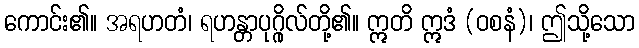
ကောင်း၏။ အရဟတံ၊ ရဟန္တာပုဂ္ဂိုလ်တို့၏။ ဣတိ ဣဒံ (ဝစနံ)၊ ဤသို့သော